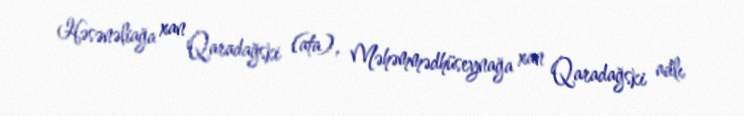
Həsənəliağa xan Qaradağski (ata), Məhəmmədhüseynağa xan Qaradağski adlı